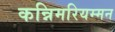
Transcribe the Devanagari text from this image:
कन्निमरियम्मन